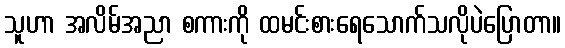
သူဟာ အလိမ်အညာ စကားကို ထမင်းစားရေသောက်သလိုပဲပြောတာ။